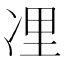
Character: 𠗔